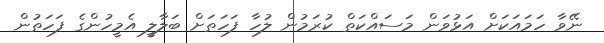
ނޭވާ ހަމައަކަށް އަޅުވަން މަސައްކަތް ކުރަމުން ލުހާ ފަހަތަށް ބަލާލީ އެމީހުންގެ ފަހަތުން